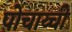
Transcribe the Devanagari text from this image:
पोचाय्ची